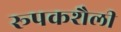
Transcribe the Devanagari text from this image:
रूपकशैली